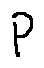
p